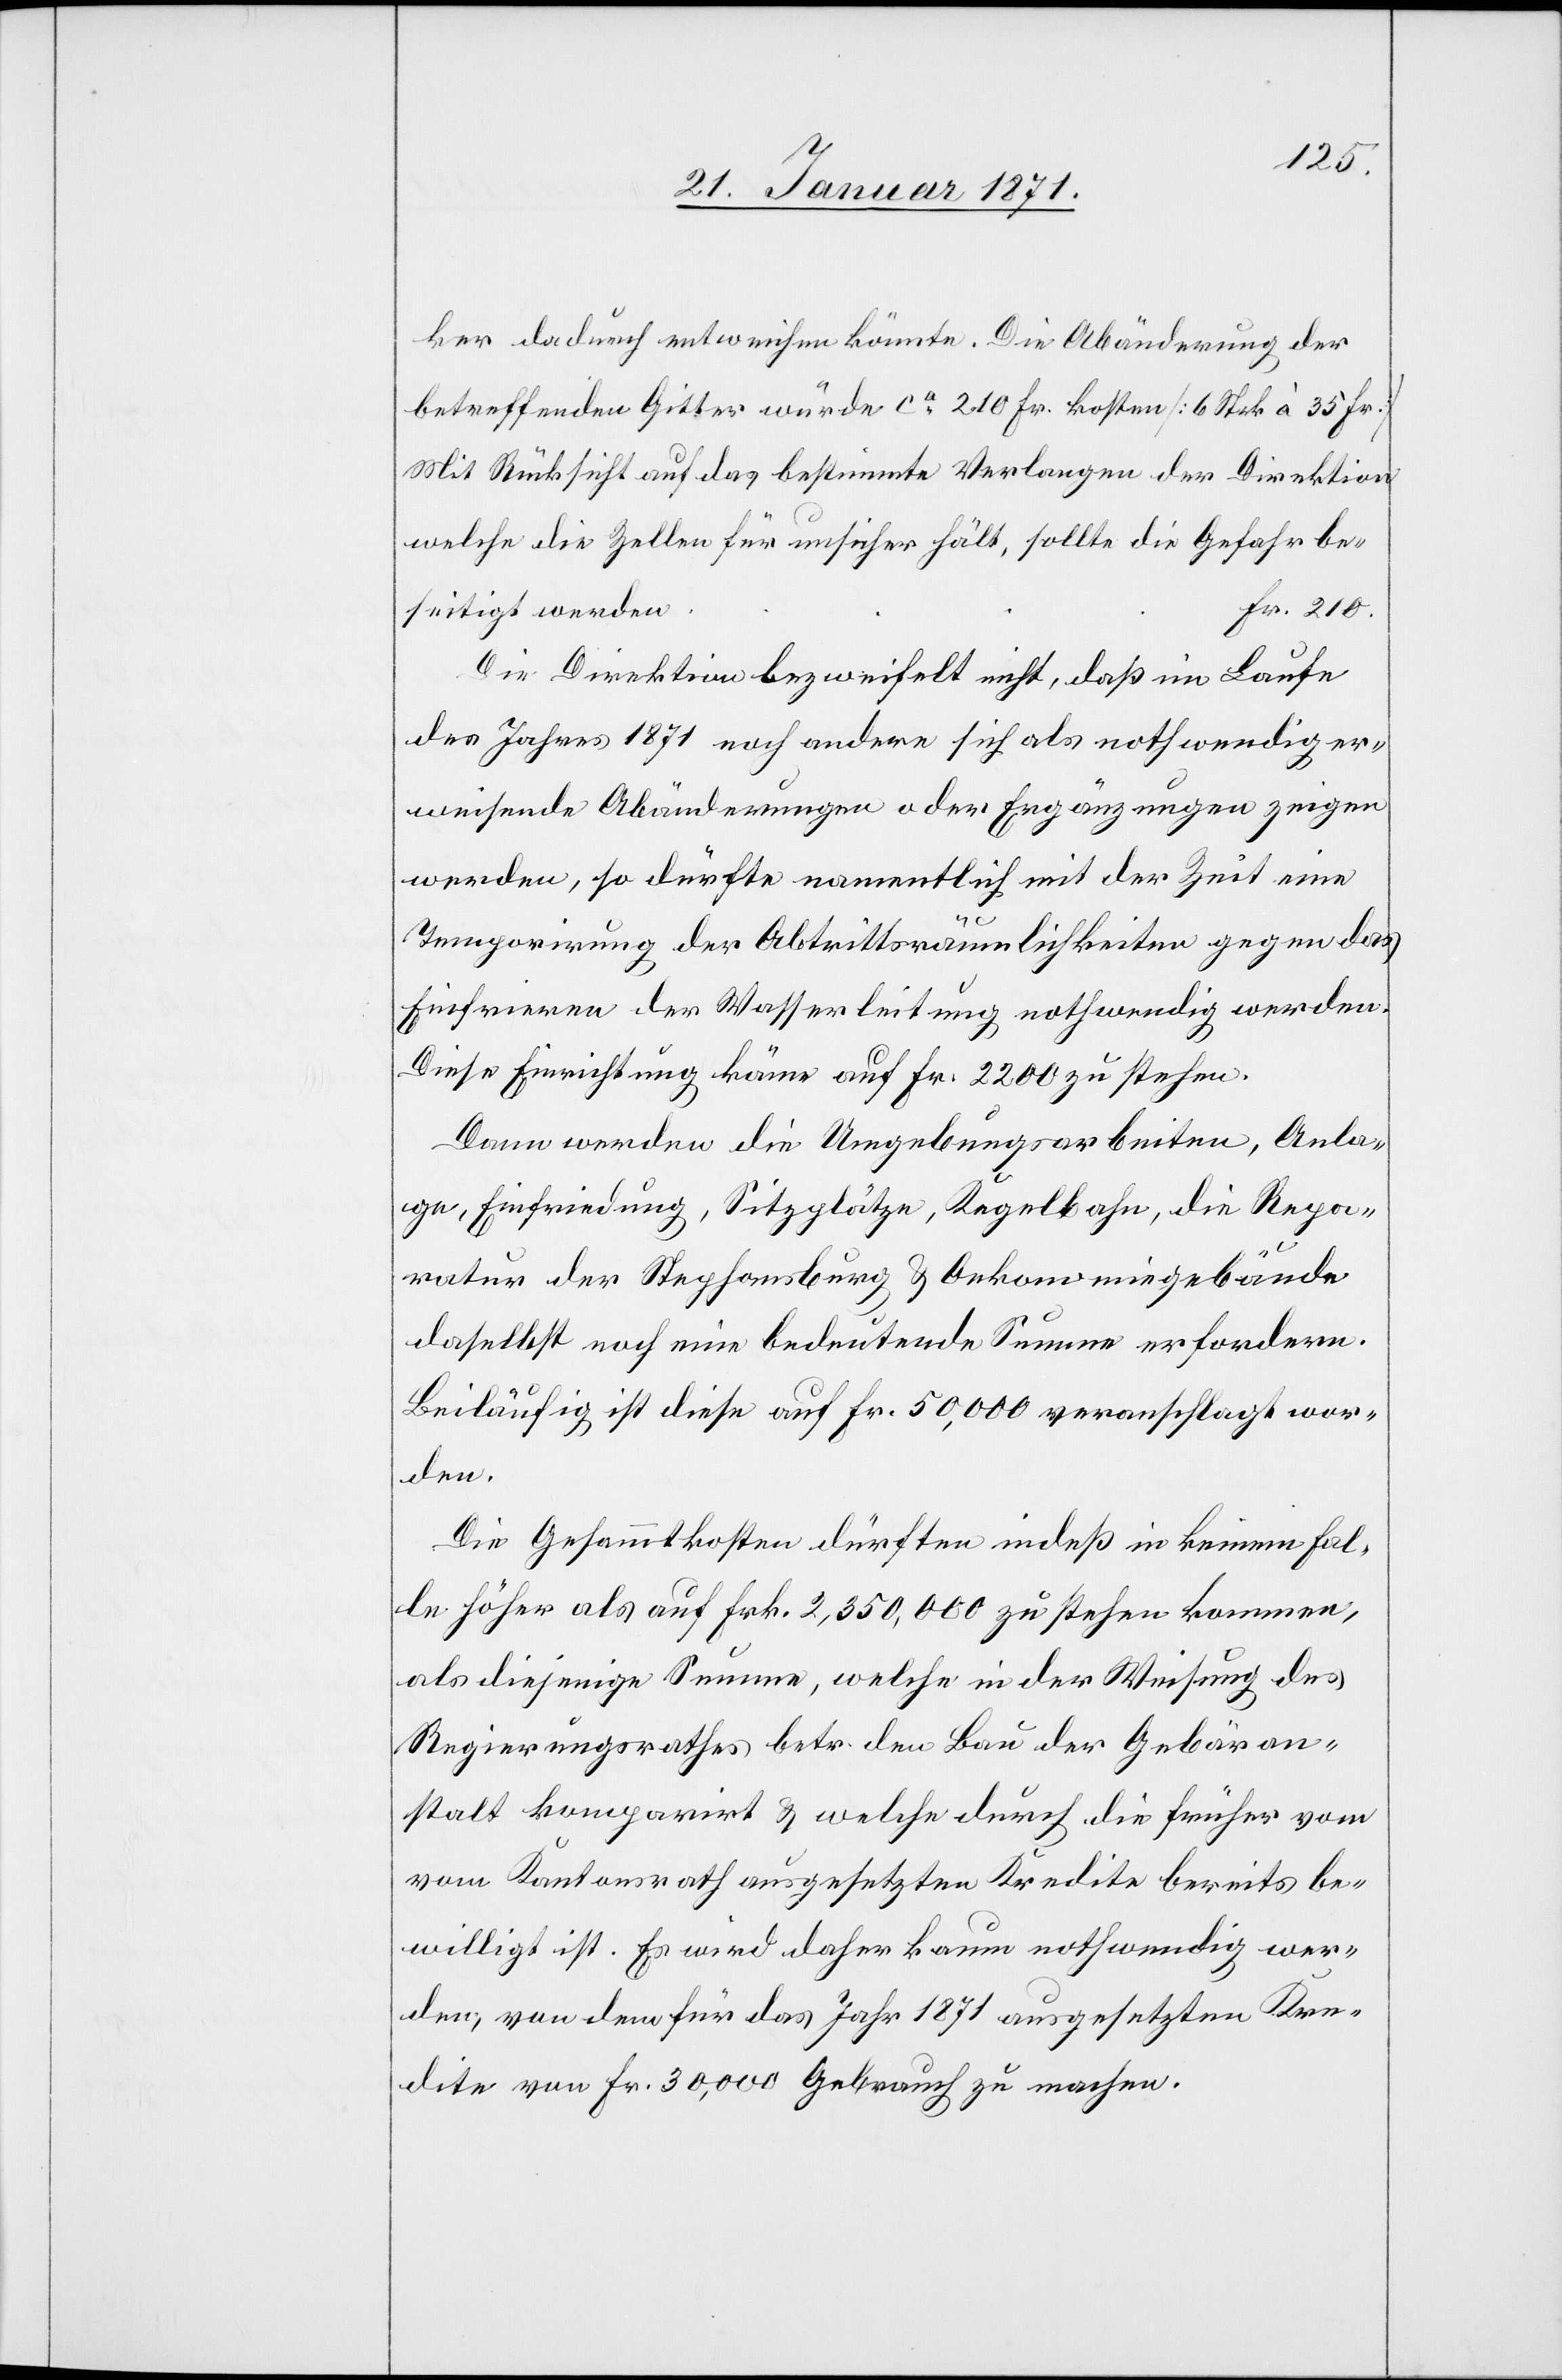
ker dadurch entweichen könnte. Die Abänderung der
betreffenden Gitter würde ca. 210 Fr. kosten [6 Stck à 35 Fr.]
Mit Rücksicht auf das bestimmte Verlangen der Direktion
welche die Zellen für unsicher hält, sollte die Gefahr bes¬
Die Direktion bezweifelt nicht, daß im Laufe
des Jahres 1871 noch andere sich als nothwendig er¬
weisende Abänderungen oder Ergänzungen zeigen
werden, so dürfte namentlich mit der Zeit eine
210.
Temporirung der Abtrittsräumlichkeiten gegen das
Einfrieren der Wasserleitung nothwendig werden.
Diese Einrichtung käme auf Fr. 2200 zu stehen.
Dann werden die Umgebungsarbeiten, Anla¬
ge, Einfriedung, Sitzplätze, Kegelbahn, die Repa¬
ratur der Stephansburg u. Oekonomiegebäude
daselbst noch eine bedeutende Summe erfordern.
Beiläufig ist diese auf Fr. 50,000 veranschlagt wor¬
den.
Die Gesammtkosten dürften indeß in keinem Fal¬
le höher als auf Frk. 2,350,000 zu stehen kommen,
als diejenige Summe, welche in der Weisung des
Regierungsrathes betr. den Bau der Gebäran¬
stalt komparirt u. welche durch die früher vom
Kantonsrath ausgesetzten Kredite bereits be¬
willigt ist. Es wird daher kaum nothwendig wer¬
den, von dem für das Jahr 1871 ausgesetzten Kre¬
dite von Fr. 30,000 Gebrauch zu machen.